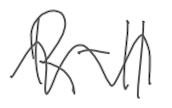
Text: R-11
Cross-out: wave
Writing tool: digital_gray